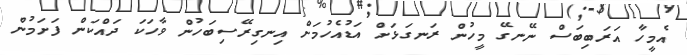
އެމީހާ އަރަބިބަސް ނޭނގޭ މީހުން ރަނގަޅަށް އަޑުއެހުމަށް އިނގިރޭސިބަހުން ވާހަކަ ދައްކަން ފަށަމުން